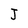
Character: J